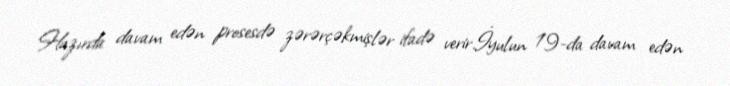
Hazırda davam edən prosesdə zərərçəkmişlər ifadə verir.İyulun 19-da davam edən